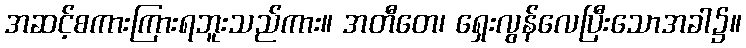
အဆင့်စကားကြားရဘူးသည်ကား။ အတီတေ၊ ရှေးလွန်လေပြီးသောအခါ၌။